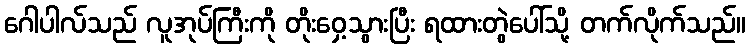
ဂေါပါလ်သည် လူအုပ်ကြီးကို တိုးဝှေ့သွားပြီး ရထားတွဲပေါ်သို့ တက်လိုက်သည်။